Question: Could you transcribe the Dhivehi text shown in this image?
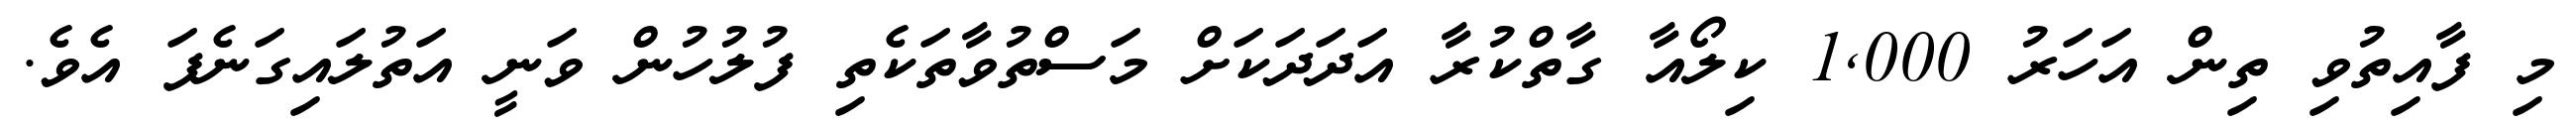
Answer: މި ފާއިތުވި ތިން އަހަރު 1,000 ކިލޯއާ ގާތްކުރާ އަދަދަކަށް މަސްތުވާތަކެތި ފުލުހުން ވަނީ އަތުލައިގަނެފަ އެވެ.